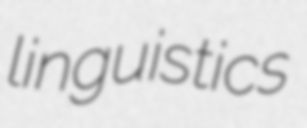
linguistics